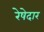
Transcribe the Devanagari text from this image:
रेषेदार